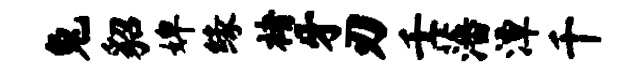
兔貂婢缘褚牙刃壬藩潭千